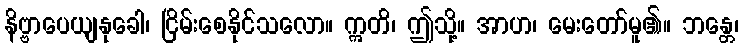
နိဗ္ဗာပေယျနုခေါ၊ ငြိမ်းစေနိုင်သလော။ ဣတိ၊ ဤသို့။ အာဟ၊ မေးတော်မူ၏။ ဘန္တေ၊